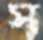
স